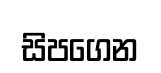
සිපගෙන